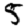
Digit: 5